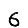
Digit: 6